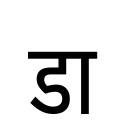
OCR:
डा